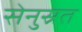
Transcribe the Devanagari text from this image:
सेनुस्रत